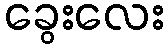
ခွေးလေး